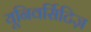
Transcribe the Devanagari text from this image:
यूनिवर्सिटिज़